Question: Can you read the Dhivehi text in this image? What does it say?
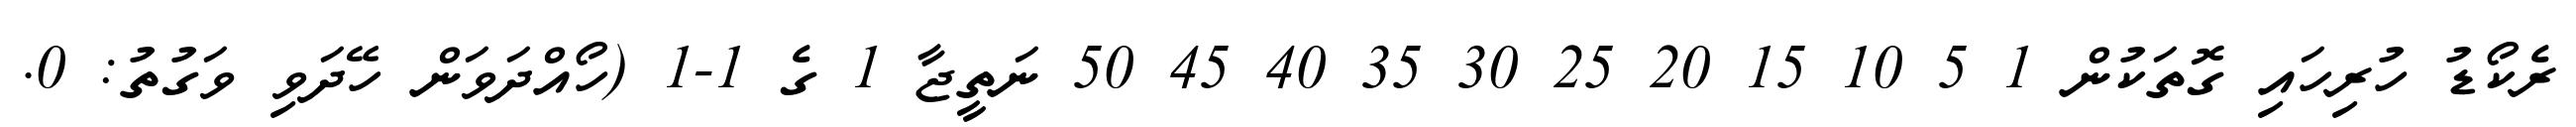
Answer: ރެކޯޑު ހުރިހައި ގޮތަކުން 1 5 10 15 20 25 30 35 40 45 50 ނަތީޖާ 1 ގެ 1-1 (ހޯއްދަވަން ހޭދަވި ވަގުތު: 0.